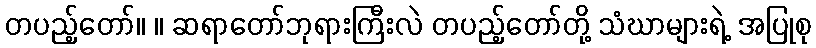
တပည့်တော်။ ။ ဆရာတော်ဘုရားကြီးလဲ တပည့်တော်တို့ သံဃာများရဲ့ အပြုစု